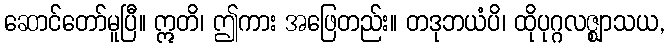
ဆောင်တော်မူပြီ။ ဣတိ၊ ဤကား အဖြေတည်း။ တဒုဘယံပိ၊ ထိုပုဂ္ဂလဇ္ဈာသယ,